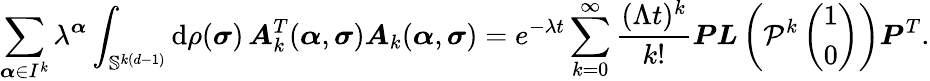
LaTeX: \sum_{\boldsymbol{\alpha}\in I^{k}}\lambda^{\boldsymbol{\alpha}}\int_{\mathbb{S}^{k(d-1)}}\textup{d}\rho(\boldsymbol{\sigma})\, \boldsymbol{A}_{k}^{T}(\boldsymbol{\alpha},\boldsymbol{\sigma})\boldsymbol{A}_{k}(\boldsymbol{\alpha},\boldsymbol{\sigma})=e^{-\lambda t}\sum_{k=0}^{\infty}\frac{(\Lambda t)^{k}}{k!}\boldsymbol{P}\boldsymbol{L}\left(\mathcal{P}^{k}\left(\begin{array}{l}{1}\\ {0}\end{array}\right)\right)\boldsymbol{P}^{T}.